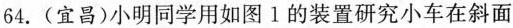
64.(宜昌)小明同学用如图1的装置研究小车在斜面